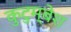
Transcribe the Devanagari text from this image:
कुटुम्बेश